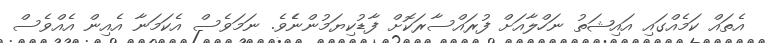
އެތައް ކަމެއްގައި އައިޝަތު ނަހްލާއަށް ފުރައްސާރަކޮށް ފާޑުކިޔަމުންނެެވެ. ނަމަވެސް އެކަމަނާ އެއިން އެއްވެސް